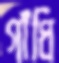
গাঁধি